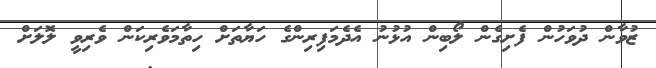
ޒުވާން ދުވަހުން ފެށިގެން ލޯބިން އުޅުނު އެދެމަފިރިންގެ ހަޔާތަށް ހިތާމަވެރިކަން ވެރިވީ ލޮލަށް